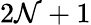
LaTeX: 2\mathcal{N}+1